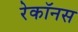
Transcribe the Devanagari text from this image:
रेकॉनस